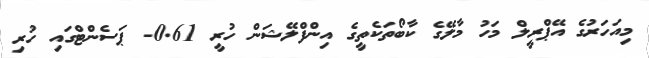
މިއަހަރުގެ އޭޕްރީލް މަހު މާލޭގެ ކާބޯތަކެތީގެ އިންފްލޭޝަން ހުރީ 0.61- ޕަސެންޓްގައި ހުރި